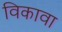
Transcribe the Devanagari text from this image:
विकावा